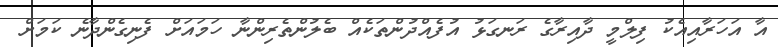
އާ އަހަރާއިއެކު ފިލްމީ ދާއިރާގެ ރަނގަޅު އުފެއްދުންތަކެއް ބެލުންތެރިންނާ ހަމައަށް ފެނިގެންދާނެ ކަމަށް